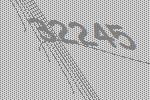
32245